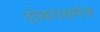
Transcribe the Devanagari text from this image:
दोमरायगंज